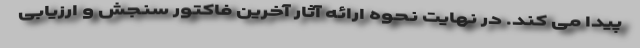
پیدا می کند. در نهایت نحوه ارائه آثار آخرین فاکتور سنجش و ارزیابی